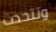
وتتحدث